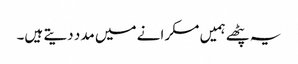
یہ پٹھے ہمیں مسکرانے میں مدد دیتے ہیں۔